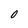
Character: 0